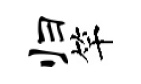
归竿